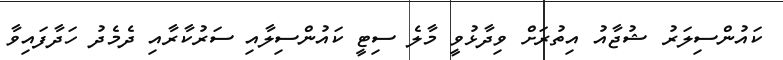
ކައުންސިލަރު ޝުޖާއު އިތުރަށް ވިދާޅުވީ މާލެ ސިޓީ ކައުންސިލާއި ސަރުކާރާއި ދެމެދު ހަދާފައިވާ